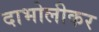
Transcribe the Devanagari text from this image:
दाभोलीकर